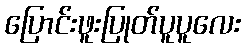
ပြောင်းဖူးပြုတ်ပူပူလေး